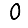
Digit: 0